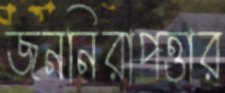
জননিরাপত্তার